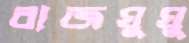
রাজঘুঘু